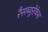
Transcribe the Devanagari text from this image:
रैसब्यूरीकेस